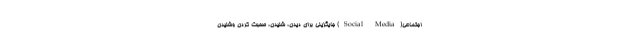
اجتماعی(Social Media) جایگزینی برای دیدن، شنیدن، صحبت کردن وشنیدنِ